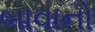
બાવાનો